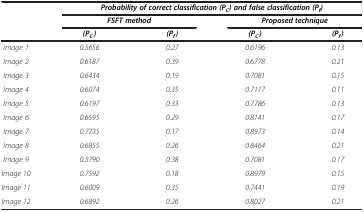
<table><thead><tr><td rowspan="3"><b> </b></td><td colspan="4"><b><i>Probability of correct classification</i>(P<sub>C</sub>)<i>and false classification</i>(P<sub><i>f</i></sub>)</b></td></tr><tr><td colspan="2"><b><i>FSFT method</i></b></td><td colspan="2"><b><i>Proposed technique</i></b></td></tr><tr><td><b>(P<sub>C</sub><i>)</i></b></td><td><b>(P<sub><i>f</i></sub>)</b></td><td><b>(P<sub>C</sub>)</b></td><td><b>(P<sub><i>f</i></sub>)</b></td></tr></thead><tbody><tr><td><i>Image 1</i></td><td><i>0.5656</i></td><td><i>0.27</i></td><td><i>0.6196</i></td><td><i>0.13</i></td></tr><tr><td><i>Image 2</i></td><td><i>0.6187</i></td><td><i>0.39</i></td><td><i>0.6778</i></td><td><i>0.21</i></td></tr><tr><td><i>Image 3</i></td><td><i>0.6434</i></td><td><i>0.19</i></td><td><i>0.7081</i></td><td><i>0.15</i></td></tr><tr><td><i>Image 4</i></td><td><i>0.6074</i></td><td><i>0.35</i></td><td><i>0.7117</i></td><td><i>0.11</i></td></tr><tr><td><i>Image 5</i></td><td><i>0.6197</i></td><td><i>0.33</i></td><td><i>0.7786</i></td><td><i>0.13</i></td></tr><tr><td><i>Image 6</i></td><td><i>0.6595</i></td><td><i>0.29</i></td><td><i>0.8141</i></td><td><i>0.17</i></td></tr><tr><td><i>Image 7</i></td><td><i>0.7735</i></td><td><i>0.17</i></td><td><i>0.8973</i></td><td><i>0.14</i></td></tr><tr><td><i>Image 8</i></td><td><i>0.6855</i></td><td><i>0.26</i></td><td><i>0.8464</i></td><td><i>0.21</i></td></tr><tr><td><i>Image 9</i></td><td><i>0.5790</i></td><td><i>0.38</i></td><td><i>0.7081</i></td><td><i>0.17</i></td></tr><tr><td><i>Image 10</i></td><td><i>0.7592</i></td><td><i>0.18</i></td><td><i>0.8979</i></td><td><i>0.15</i></td></tr><tr><td><i>Image 11</i></td><td><i>0.6009</i></td><td><i>0.35</i></td><td><i>0.7441</i></td><td><i>0.19</i></td></tr><tr><td><i>Image 12</i></td><td><i>0.6892</i></td><td><i>0.26</i></td><td><i>0.8027</i></td><td><i>0.21</i></td></tr></tbody></table>